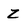
Character: Z